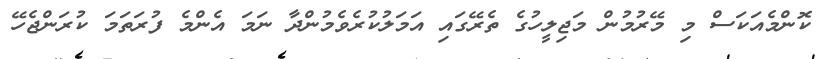
ކޮންމެއަކަސް މި މޭރުމުން މަޖިލީހުގެ ތެރޭގައި އަމަލުކުރެވެމުންދާ ނަމަ އެންމެ ފުރަތަމަ ކުރަންޖެހޭ